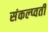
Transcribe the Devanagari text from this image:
संकल्प्वती